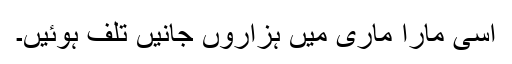
اسی مارا ماری میں ہزاروں جانیں تلف ہوئیں۔